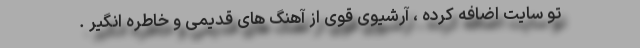
تو سایت اضافه کرده ، آرشیوی قوی از آهنگ های قدیمی و خاطره انگیر .